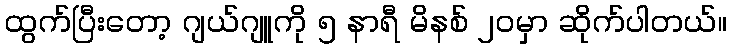
ထွက်ပြီးတော့ ဂျယ်ဂျူကို ၅ နာရီ မိနစ် ၂၀မှာ ဆိုက်ပါတယ်။